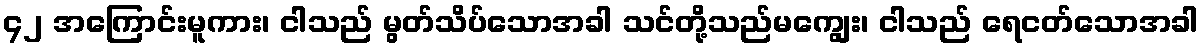
၄၂ အကြောင်းမူကား၊ ငါသည် မွတ်သိပ်သောအခါ သင်တို့သည်မကျွေး၊ ငါသည် ရေငတ်သောအခါ